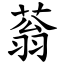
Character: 蓊